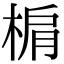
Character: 𣓖